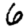
Digit: 6